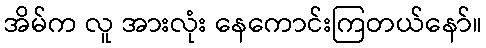
အိမ်က လူ အားလုံး နေကောင်းကြတယ်နော်။